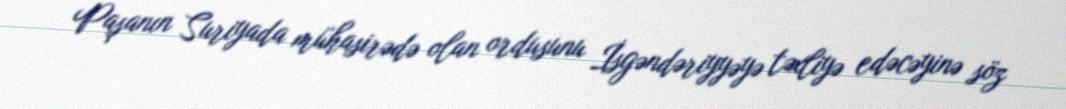
Paşanın Suriyada mühasirədə olan ordusunu İsgəndəriyyəyə təxliyə edəcəyinə söz